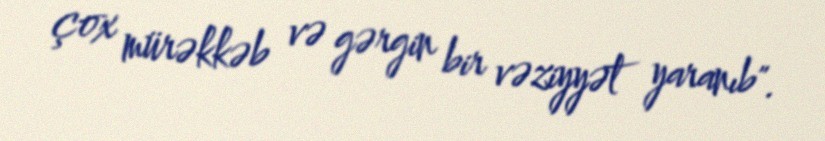
çox mürəkkəb və gərgin bir vəziyyət yaranıb".